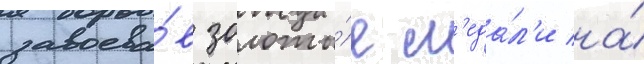
завоева́в золоты́е м'еда́л'и на́